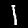
Label: 1